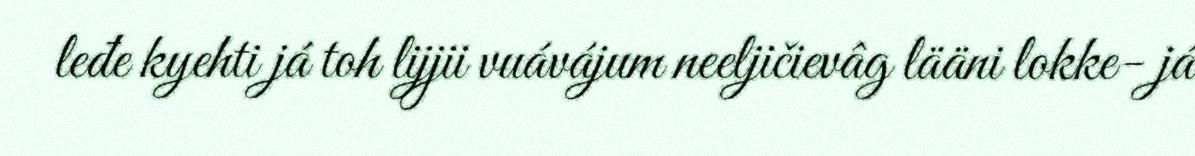
leđe kyehti já toh lijjii vuávájum neeljičievâg lääni lokke- já